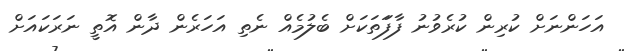
އަހަންނަށް ކުރިން ކުރެވުނު ފާފަަތަކަށް ބެލުމެއް ނެތި އަހަރެން ދާން އޮތީ ނަރަކައަށް